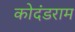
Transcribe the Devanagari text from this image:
कोदंडराम